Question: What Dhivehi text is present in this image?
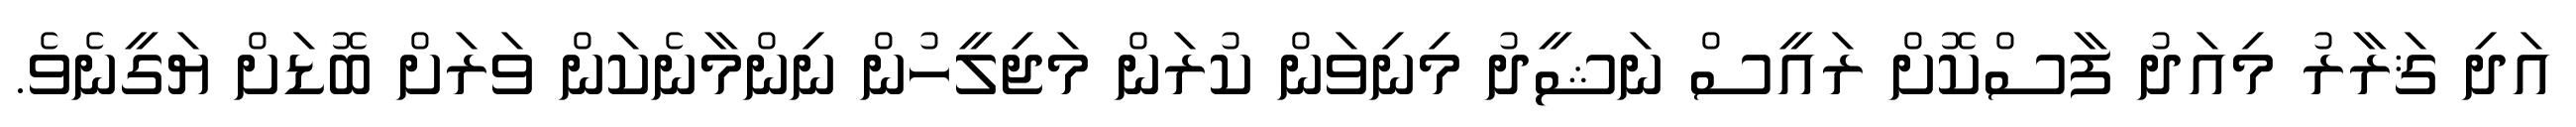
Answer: އަދި ޤަރާރު މިއަދު ފާސްކޮށް ރައީސް ނަޝީދު މިނިވަން ކުރަން މަޖިލީހުން ނިންމާނެކަން ވަރަށް ބޮޑަށް ޔަގީނެވެ.